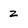
Character: z